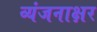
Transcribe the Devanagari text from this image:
व्यंजनाक्षर